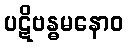
ပဋိဗန္ဓမနောဝ